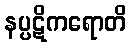
နပ္ပဋိကရောတိ